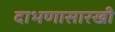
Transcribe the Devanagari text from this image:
दाभणासारखी